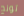
تونج